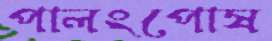
পালংপোষ